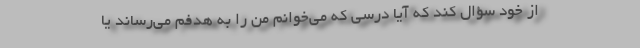
از خود سؤال کند که آیا درسی که می‌خوانم من را به هدفم می‌رساند یا